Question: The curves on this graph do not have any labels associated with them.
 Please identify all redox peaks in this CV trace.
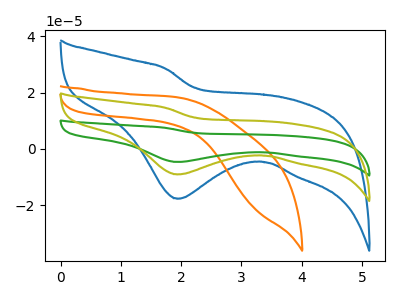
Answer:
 <answer>The blue curve "blue" has a cathodic peak at: (1.95V, -17.75uA). The orange curve "orange" has no peaks. The green curve "green" has a cathodic peak at: (1.95V, -18.15uA). The olive curve "olive" has a cathodic peak at: (1.95V, -9.10uA).</answer>
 <eval></eval>